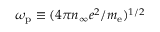
\omega _ { \mathrm { p } } \equiv ( 4 \pi n _ { \infty } e ^ { 2 } / m _ { \mathrm { e } } ) ^ { 1 / 2 }